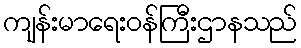
ကျန်းမာရေးဝန်ကြီးဌာနသည်